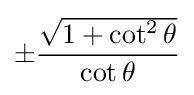
\pm {\frac {\sqrt {1+\cot ^{2}\theta }}{\cot \theta }}